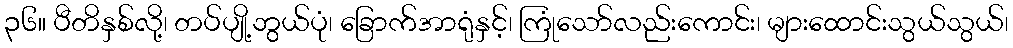
၃၆။ ပီတိနှစ်လို့၊ တပ်ပျို့ဘွယ်ပုံ၊ ခြောက်အာရုံနှင့်၊ ကြုံသော်လည်းကောင်း၊ များထောင်းသွယ်သွယ်၊